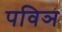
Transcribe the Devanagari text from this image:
पविञ